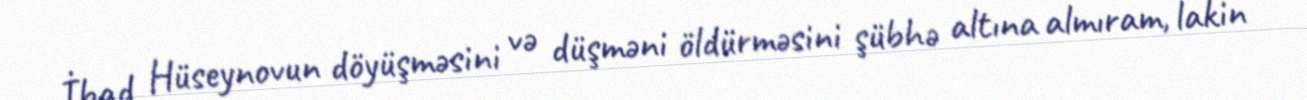
İbad Hüseynovun döyüşməsini və düşməni öldürməsini şübhə altına almıram, lakin